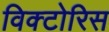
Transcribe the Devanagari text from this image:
विक्टोरिस